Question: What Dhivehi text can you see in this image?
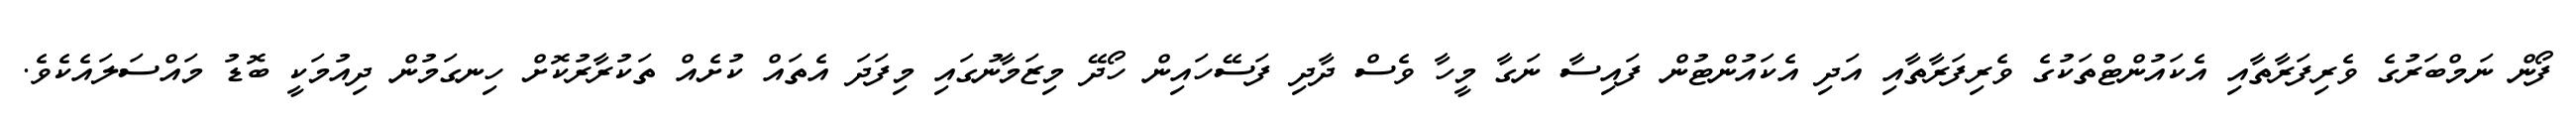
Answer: ފޯން ނަމްބަރުގެ ވެރިފަރާތާއި އެކައުންޓްތަކުގެ ވެރިފަރާތާއި އަދި އެކައުންޓުން ފައިސާ ނަގާ މީހާ ވެސް ދާދި ފަސޭހައިން ހޯދޭ މިޒަމާނުގައި މިފަދަ އެތައް ކުށެއް ތަކުރާރުކޮށް ހިނގަމުން ދިއުމަކީ ބޮޑު މައްސަލައެކެވެ.